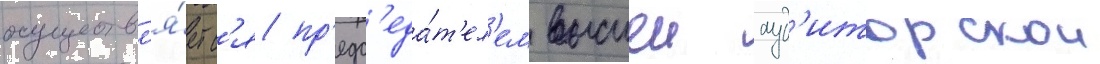
осуществл'я́етс'я пр'едс'еда́т'ел'ем высшеи ауд'иторскои